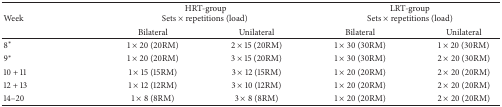
<table><thead><tr><td rowspan="2"><b>Week</b></td><td colspan="2"><b>HRT-groupSets × repetitions (load)</b></td><td colspan="2"><b>LRT-groupSets × repetitions (load)</b></td></tr><tr><td><b>Bilateral</b></td><td><b>Unilateral</b></td><td><b>Bilateral</b></td><td><b>Unilateral</b></td></tr></thead><tbody><tr><td>8*</td><td>1 × 20 (20RM)</td><td>2 × 15 (20RM)</td><td>1 × 30 (30RM)</td><td>1 × 20 (30RM)</td></tr><tr><td>9*</td><td>1 × 20 (20RM)</td><td>3 × 15 (20RM)</td><td>1 × 30 (30RM)</td><td>2 × 20 (30RM)</td></tr><tr><td>10 + 11</td><td>1 × 15 (15RM)</td><td>3 × 12 (15RM)</td><td>1 × 20 (20RM)</td><td>2 × 20 (20RM)</td></tr><tr><td>12 + 13</td><td>1 × 12 (12RM)</td><td>3 × 10 (12RM)</td><td>1 × 20 (20RM)</td><td>2 × 20 (20RM)</td></tr><tr><td>14–20</td><td>1 × 8 (8RM)</td><td>3 × 8 (8RM)</td><td>1 × 20 (20RM)</td><td>2 × 20 (20RM)</td></tr></tbody></table>